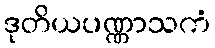
ဒုတိယပဏ္ဏာသကံ